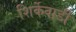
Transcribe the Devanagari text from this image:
शिर्केवाडी